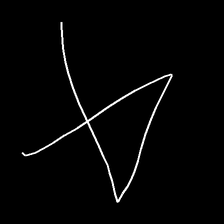
Glyph: collection